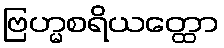
ဗြဟ္မစရိယတ္ထော